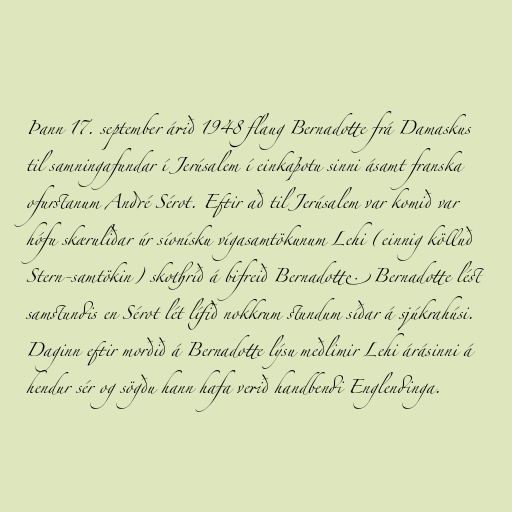
Þann 17. september árið 1948 flaug Bernadotte frá Damaskus
til samningafundar í Jerúsalem í einkaþotu sinni ásamt franska
ofurstanum André Sérot. Eftir að til Jerúsalem var komið var
hófu skæruliðar úr síonísku vígasamtökunum Lehi (einnig kölluð
Stern-samtökin) skothríð á bifreið Bernadotte. Bernadotte lést
samstundis en Sérot lét lífið nokkrum stundum síðar á sjúkrahúsi.
Daginn eftir morðið á Bernadotte lýsu meðlimir Lehi árásinni á
hendur sér og sögðu hann hafa verið handbendi Englendinga.